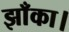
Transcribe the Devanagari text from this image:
झाँका।